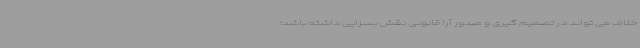
خلاف می تواند در تصمیم گیری و صدور آرا قانونی نقش بسزایی داشته باشد؛